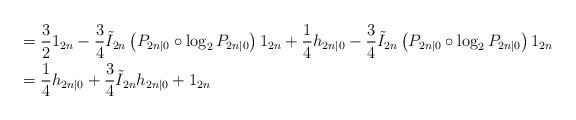
LaTeX: \begin{align*}&=\frac{3}{2} 1_{2n} - \frac{3}{4}\tilde{I}_{2n}\left(P_{2n|0}\circ\log_2 P_{2n|0}\right)1_{2n} + \frac{1}{4}h_{2n|0} - \frac{3}{4}\tilde{I}_{2n}\left(P_{2n|0}\circ\log_2 P_{2n|0}\right)1_{2n}\\&= \frac{1}{4}h_{2n|0} + \frac{3}{4}\tilde{I}_{2n}h_{2n|0} + 1_{2n}\end{align*}